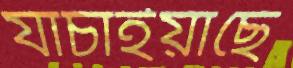
যাচাইয়াছে